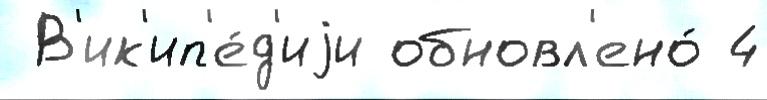
 В'ик'ип'е́д'иjи обновл'ено́ 4